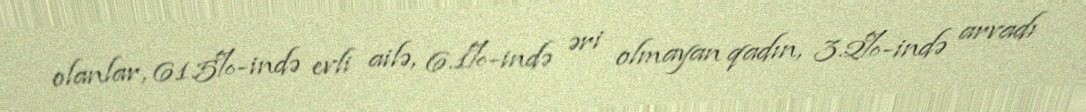
olanlar, 61.5%-ində evli ailə, 6.1%-ində əri olmayan qadın, 3.2%-ində arvadı